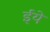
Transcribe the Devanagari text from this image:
ईये